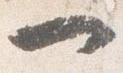
一